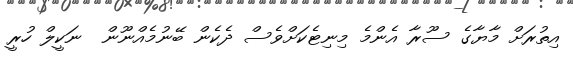
އިތުރަށް މާޔާގެ ސޫރާ އެންމެ މިނިޓެކަށްވެސް ދެކެން ބޭނުމެއްނޫން  ނަކީލް ހުރީ